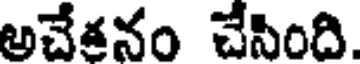
అచేతనం చేసింది.